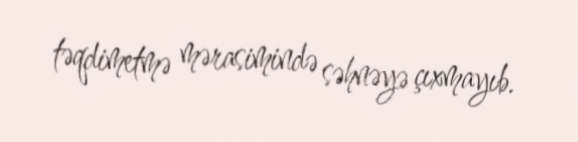
təqdimetmə mərasimində səhnəyə çıxmayıb.